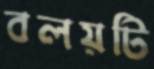
বলয়টি